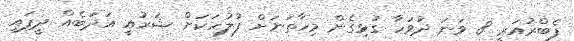
ފެބްރުއަރީ 8 ވަނަ ދުވަހާ ގުޅިގެން މިހާތަނަށް ފުލުހަކަށް ޝަރުއީ އަދަބެއް ދީފައި